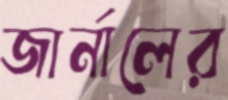
জার্নালের